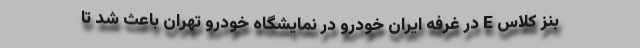
بنز کلاس E در غرفه ایران خودرو در نمایشگاه خودرو تهران باعث شد تا